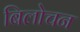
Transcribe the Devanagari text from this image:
बिलोचन